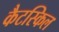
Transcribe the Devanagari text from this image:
कैटस्किल